Annual report of the Bengal Veterinary College and of the Civil Veterinary Department, Bengal, for the year 1899-1900 - 1899-1900
Year: 1899
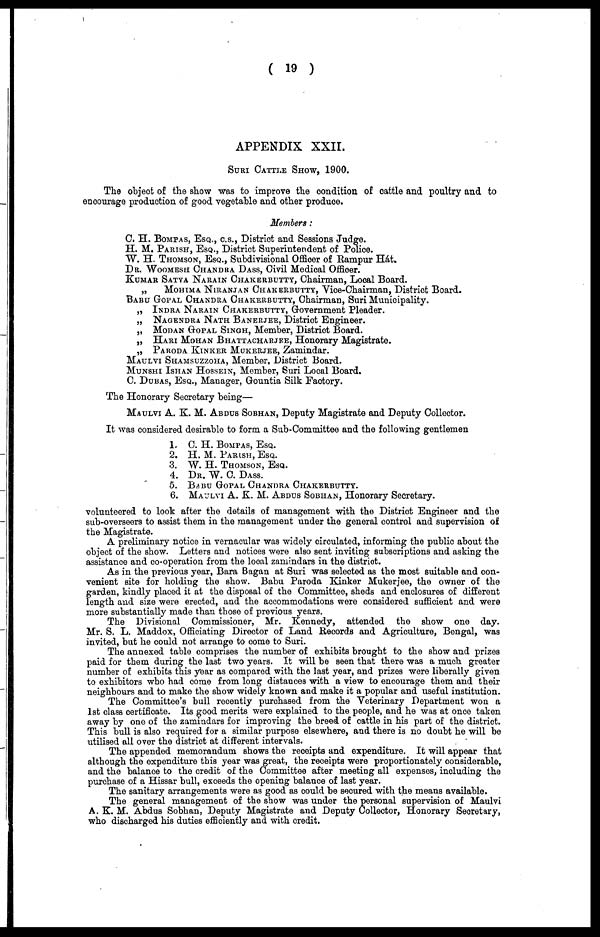
( 19 )
APPENDIX XXII.
Suri Cattle Show, 1900.
The object of the show was to improve the condition of cattle and poultry and to encourage production of good vegetable and other
Members:
C. H. BOMPAS, Esq., c.s., District and Sessions Judge.
H. M. PARISH, Esq., District Superintendent of Police.
W. H. Thomson, Esq., Subdivisional Officer of Rampur Hát.
Dr. WOOMESH CHANDRA DASS, Civil Medical Officer.
KUMAR SATYA NARAIN CHAKERBUTTY, Chairman, Local Board.
„ MOHIMA NIRANJAN CHAKERBUTTY, Vice-Chairman, District Board. BABU GOPAL CHANDRA CHAKERBUTTY, Cha
„ INDRA NARAIN CHAKERBUTTY, Government Pleader.
„ NAGENDRA NATH BANERJEE, District Engineer.
„ MODAN GOPAL SINGH, Member, District Board.
„ HARI MOHAN BHATTACHARJRE, Honorary Magistrate.
„ PARODA KINKER MUKERJEE, Zamindar. MAULVI SHAMSUZZOHA, Member, District Board. Munshi Ishan Hossein, Mem
The Honorary Secretary being—
MAULVI A. K. M. ABDUS SOBHAN, DEPUTY Magistrate and Deputy Collector.
It was considered desirable to form a Sub-Committee and the following gentlemen
1. C. H. BOMPAS, ESQ.
2. H. M. PARISH, ESQ.
3. W. H. THOMSON, ESQ.
4. DR. W. C. DASS.
5. BABU GOPAL CHANDRA CHAKERBUTTY.
6. MAULVI A. K. M. ABDUS SOBHAN, Honorary Secretary.
volunteered to look after the details of management with the District Engineer and the sub-overseers to assist them in the managem
A preliminary notice in vernacular was widely circulated, informing the public about the object of the show. Letters and notices we
As in the previous year, Bara Bagan at Suri was selected as the most suitable and con¬venient site for holding the show. Babu Paro
The Divisional Commissioner, Mr. Kennedy, attended the show one day. Mr. S. L. Maddox, Officiating Director of Land Records a
The annexed table comprises the number of exhibits brought to the show and prizes paid for them during the last two years. It will b
The Committee's bull recently purchased from the Veterinary Department won a 1st class certificate. Its good merits were explained
The appended memorandum shows the receipts and expenditure. It will appear that although the expenditure this year was great, the
The sanitary arrangements were as good as could be secured with the means available.
The general management of the show was under the personal supervision of Maulvi A. K. M. Abdus Sobhan, Deputy Magistrate an